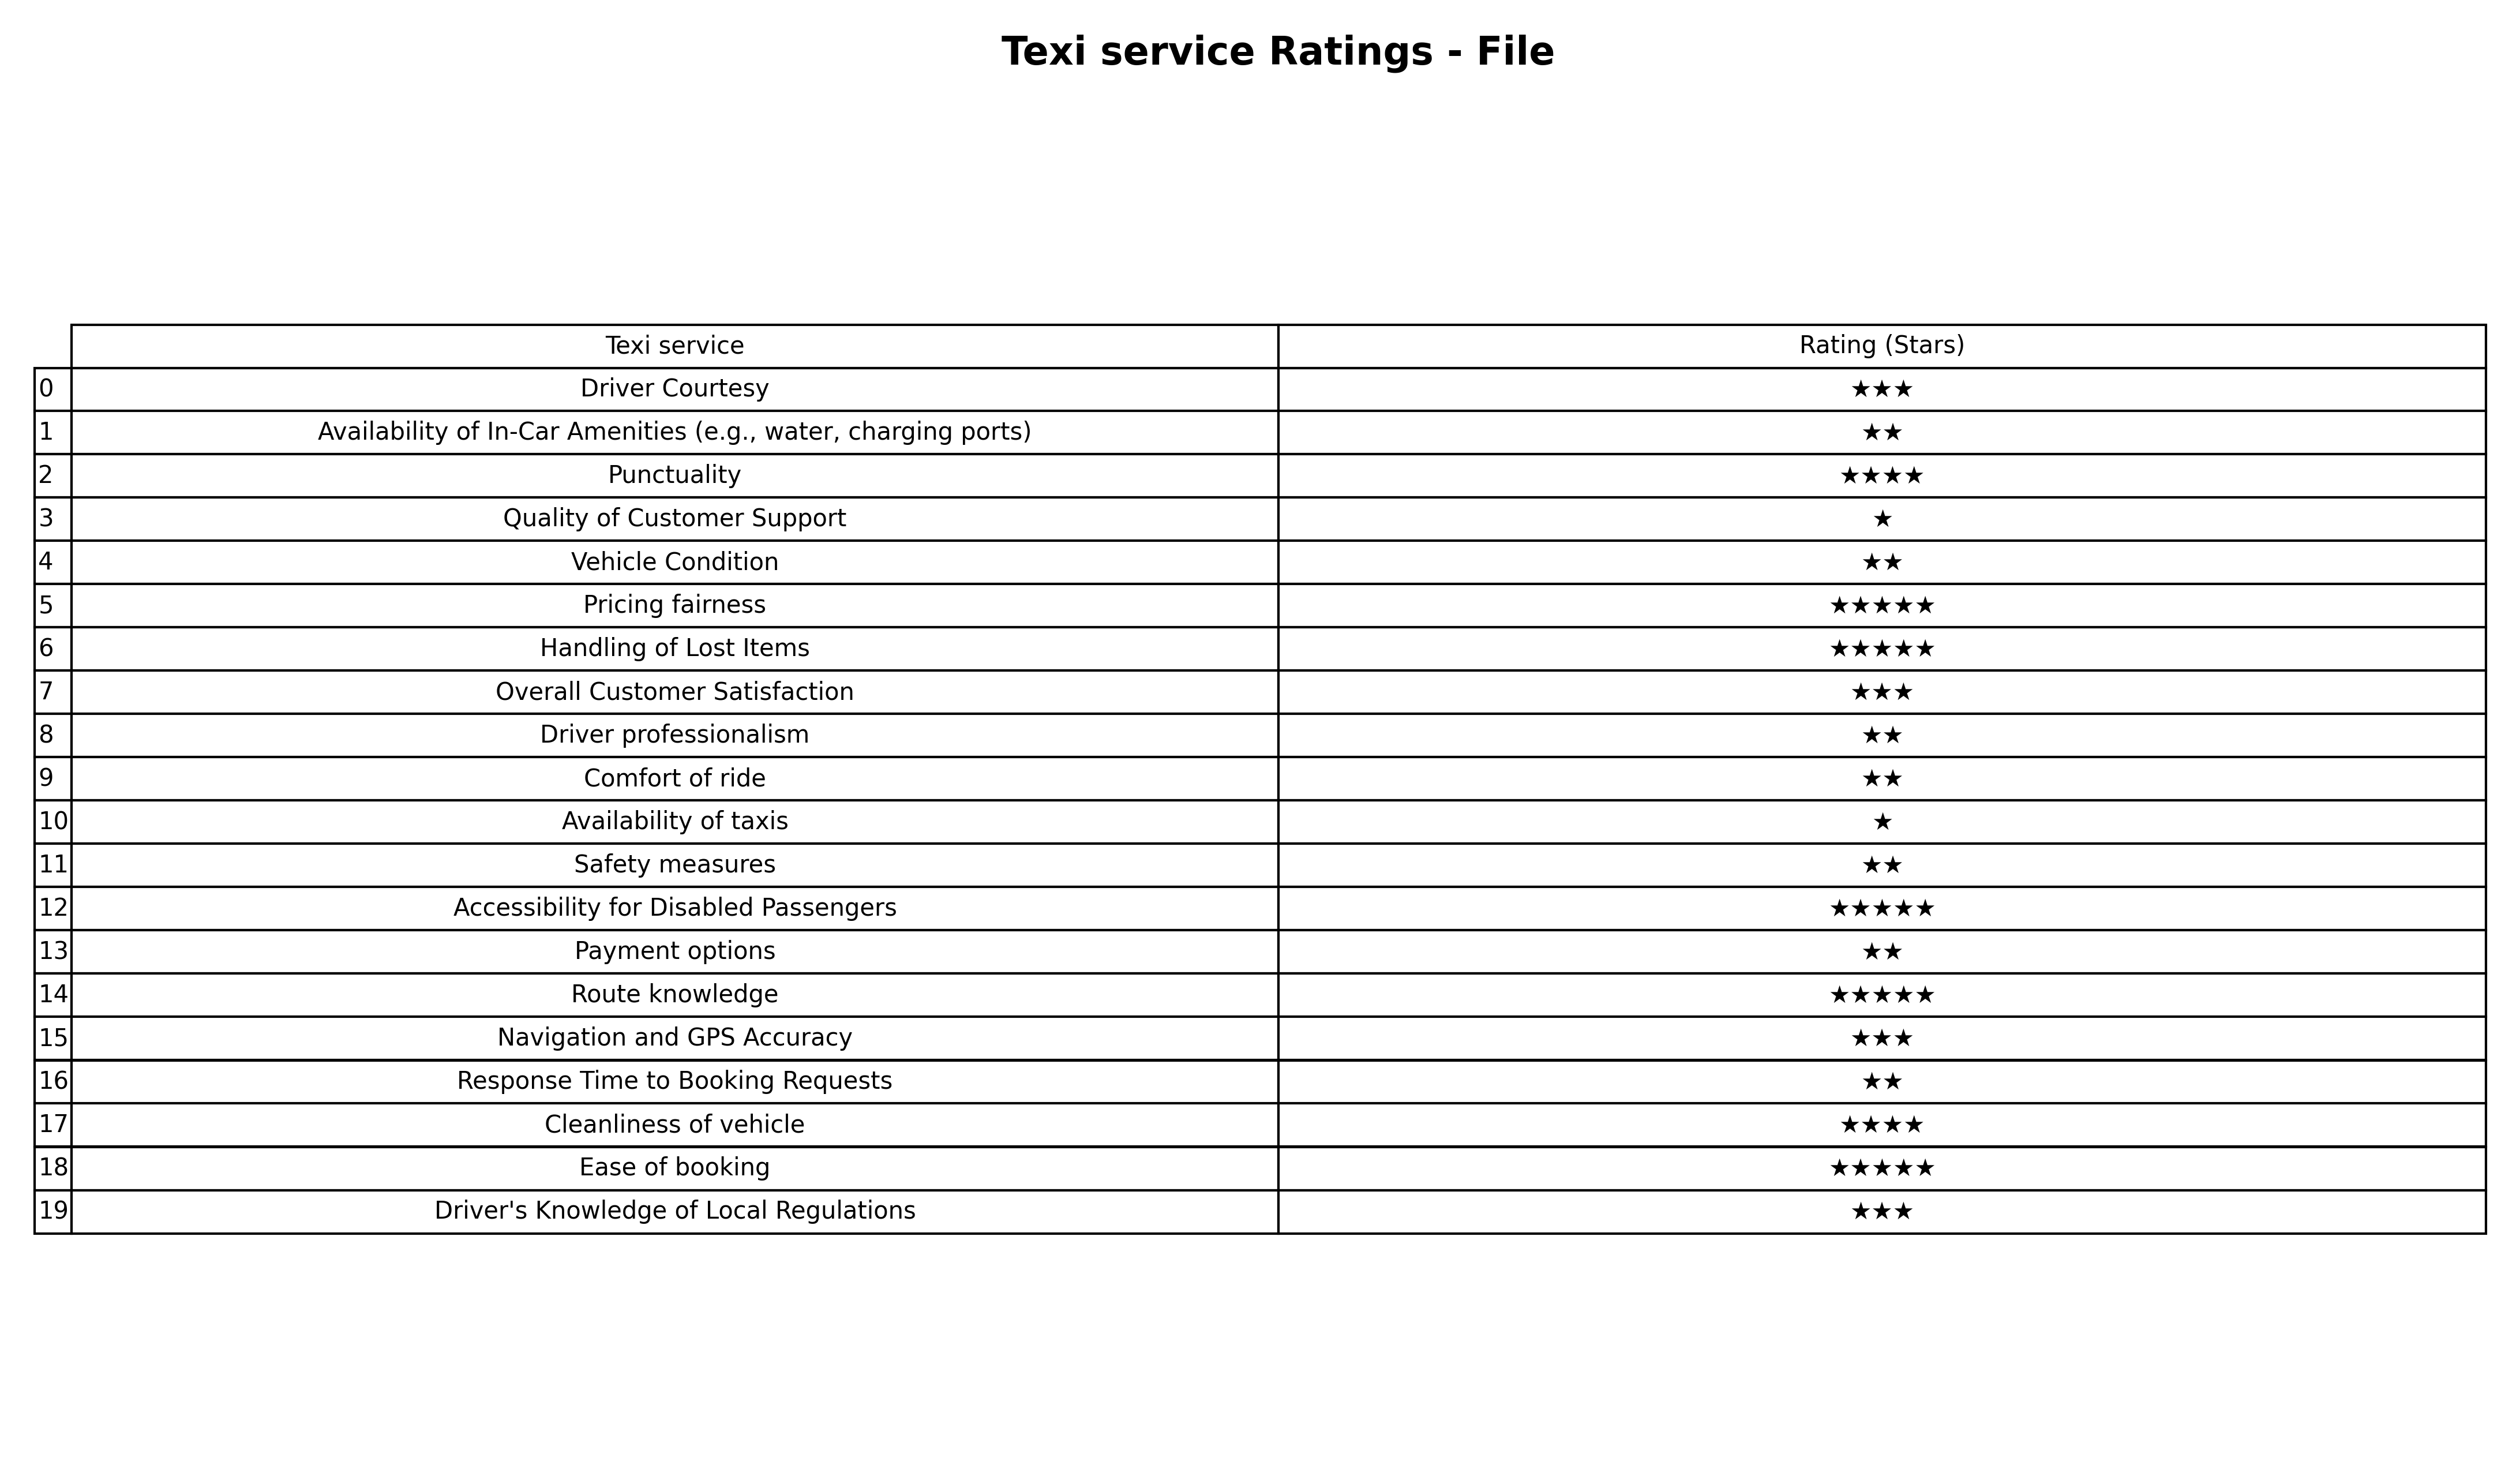
question: What are three star services?
answer: Driver CourtesyOverall Customer SatisfactionNavigation and GPS AccuracyDriver's Knowledge of Local Regulations